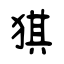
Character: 猉